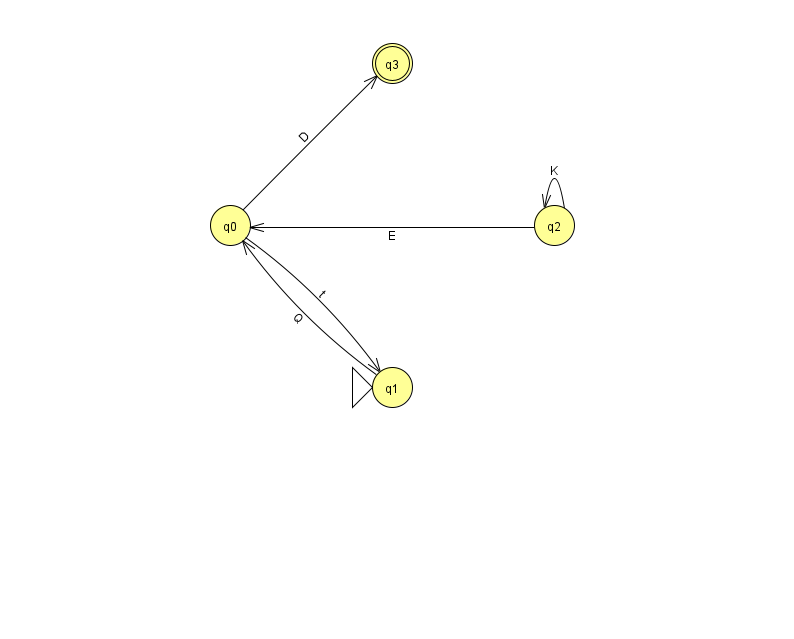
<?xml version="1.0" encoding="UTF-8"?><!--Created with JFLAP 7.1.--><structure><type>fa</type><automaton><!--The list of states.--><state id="0" name="q0"><x>230.0</x><y>212.0</y></state><state id="1" name="q1"><x>392.0</x><y>374.0</y><initial/></state><state id="2" name="q2"><x>554.0</x><y>212.0</y></state><state id="3" name="q3"><x>392.0</x><y>50.0</y><final/></state><!--The list of transitions.--><transition><from>2</from><to>0</to><read>E</read></transition><transition><from>0</from><to>1</to><read>t</read></transition><transition><from>1</from><to>0</to><read>Q</read></transition><transition><from>0</from><to>3</to><read>D</read></transition><transition><from>2</from><to>2</to><read>K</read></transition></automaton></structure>